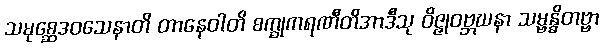
သမုစ္ဆေဒဝသေနာတိ တာနေဝါတိ စက္ခုကရဏီတိအာဒီသု ဝိဇ္ဇုဝဗ္ဘဃနာ သမ္ဗန္ဓိတဗ္ဗာ